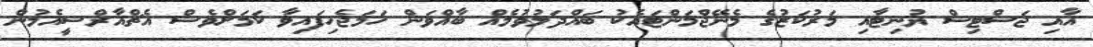
އާއި ޖަސްޓިސް ޔުނިޓާއި މަރުކަޒުގެ މެނޭޖްމަންޓައެކު ބައްދަލުވުމެއް ބާއްވަން ހަމަޖެހިފައިވާ ކަމަށްވެސް އެޗްއާރްސީއެމުން